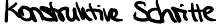
Konstruktive Schritte